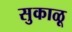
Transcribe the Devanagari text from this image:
सुकाळू